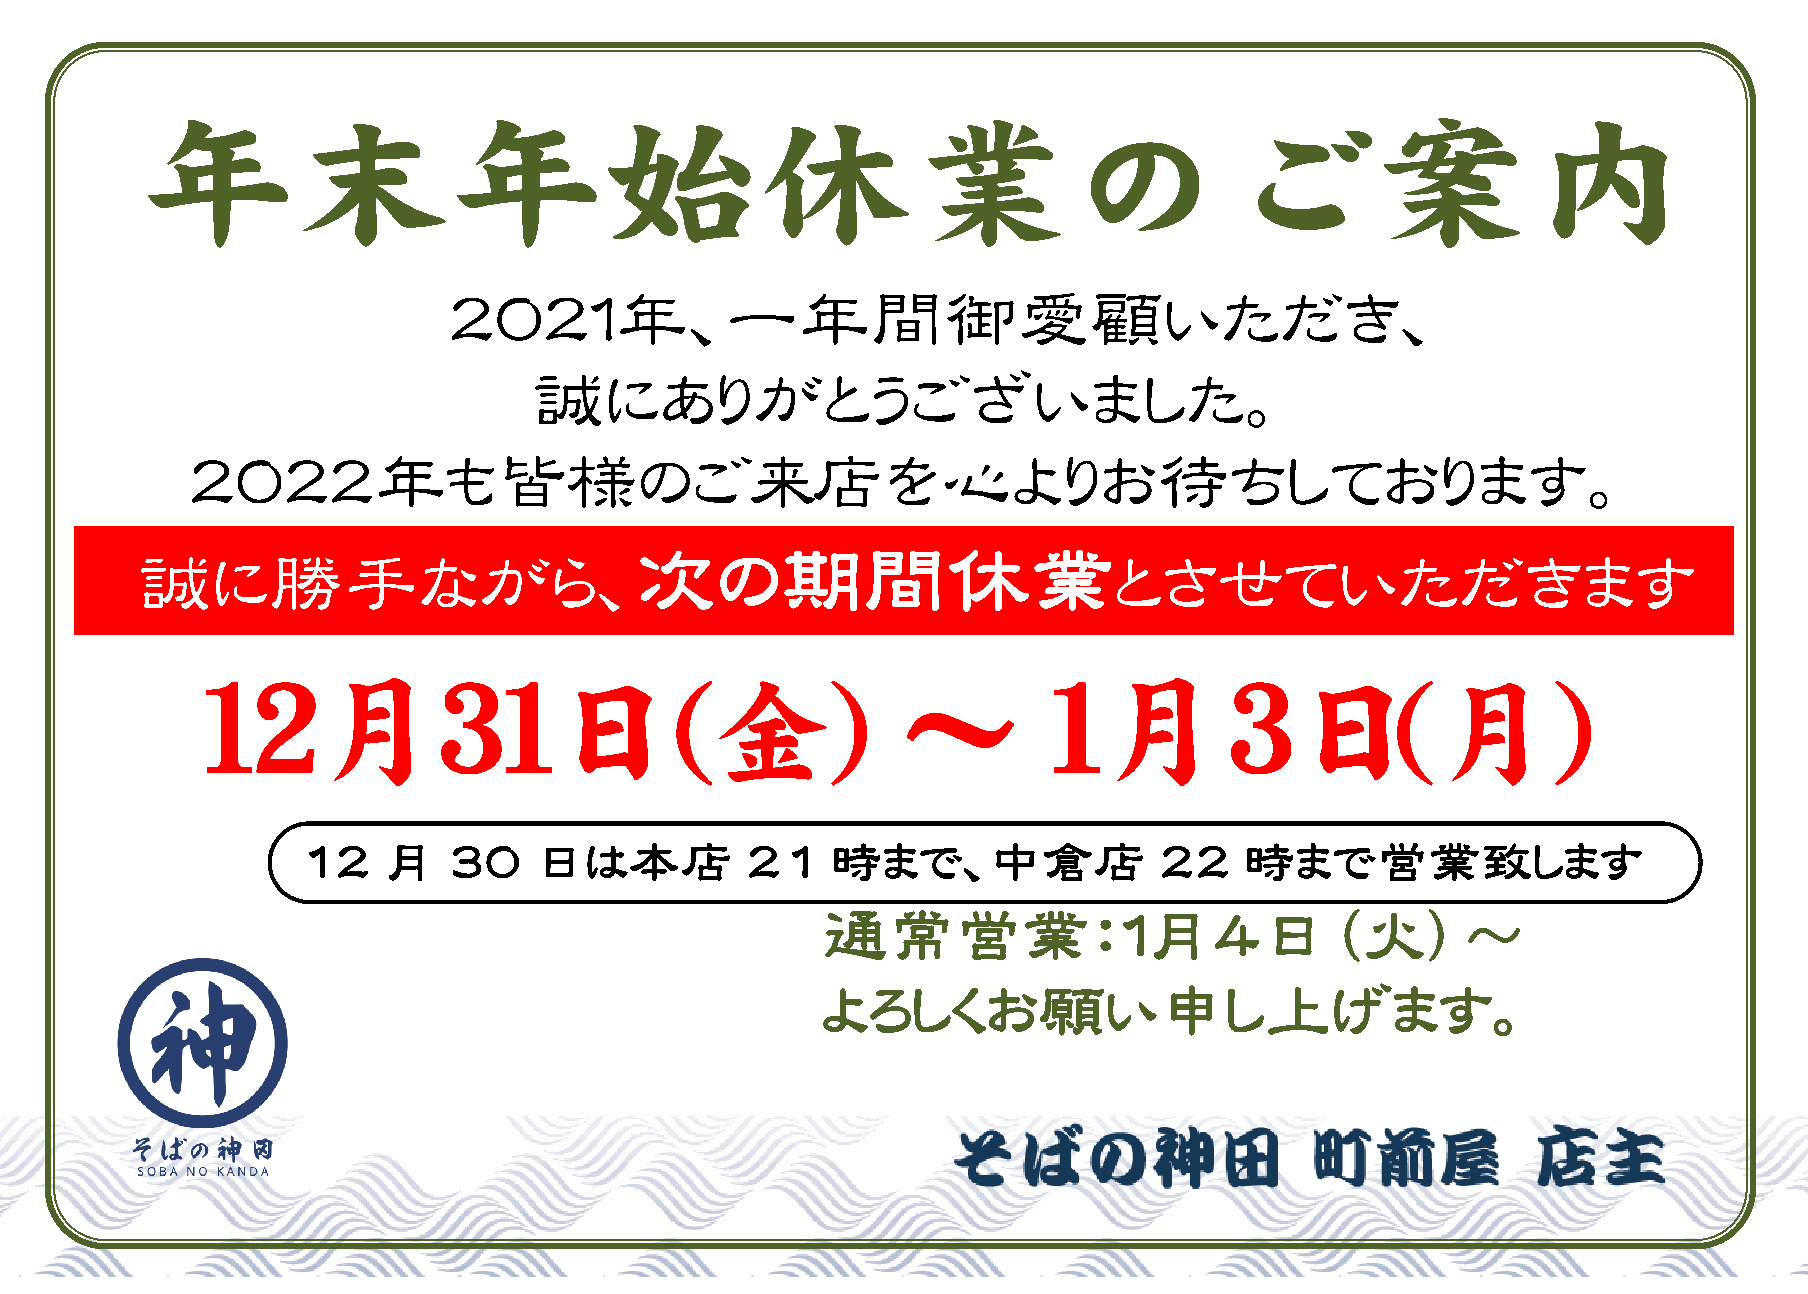
２０２１年、一年間御愛顧いただき、
 誠にありがとうございました。
 ２０２２年も皆様のご来店を心よりお待ちしております。
 次の期間休業
 誠に勝手ながら、                                                         とさせていただきます
 １２月３１日(金)                                     ～         １月         ３日（月）
 12   月    30   日は本店          21    時まで、中倉店               22   時まで営業致します
 通常営業：１月４日（火）～
 よろしくお願い申し上げます。